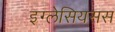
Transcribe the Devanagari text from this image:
इग्लेसियसस